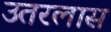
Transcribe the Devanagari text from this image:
उतरलास